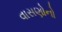
વાસણોનો